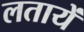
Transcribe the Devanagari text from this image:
लतायें